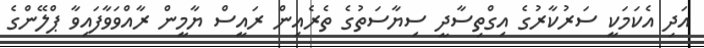
އަދި އެކަމަކީ ސަރުކާރުގެ އިގްތިސާދީ ސިޔާސަތުގެ ތެރެއިން ރައީސް ޔާމީން ރާއްވަވާފައިވާ ޕްލޭންގެ